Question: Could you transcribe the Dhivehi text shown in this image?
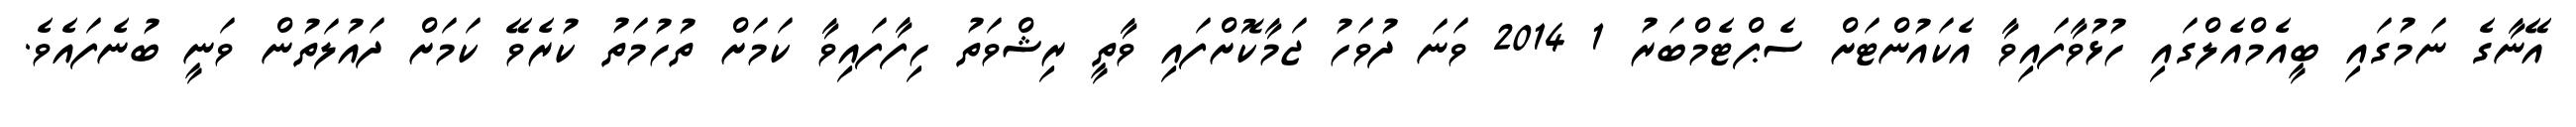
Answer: އޭނާގެ ނަމުގައި ބީއެމްއެލްގައި ހުޅުވާފައިވާ އެކައުންޓަށް ސެޕްޓެމްބަރު 1 2014 ވަނަ ދުވަހު ޖަމާކޮށްފައި ވާތީ ރިޝްވަތު ހިފާފައިވާ ކަމަށް ތުހުމަތު ކުރެވޭ ކަމަށް ދައުލަތުން ވަނީ ބުނެފައެވެ.